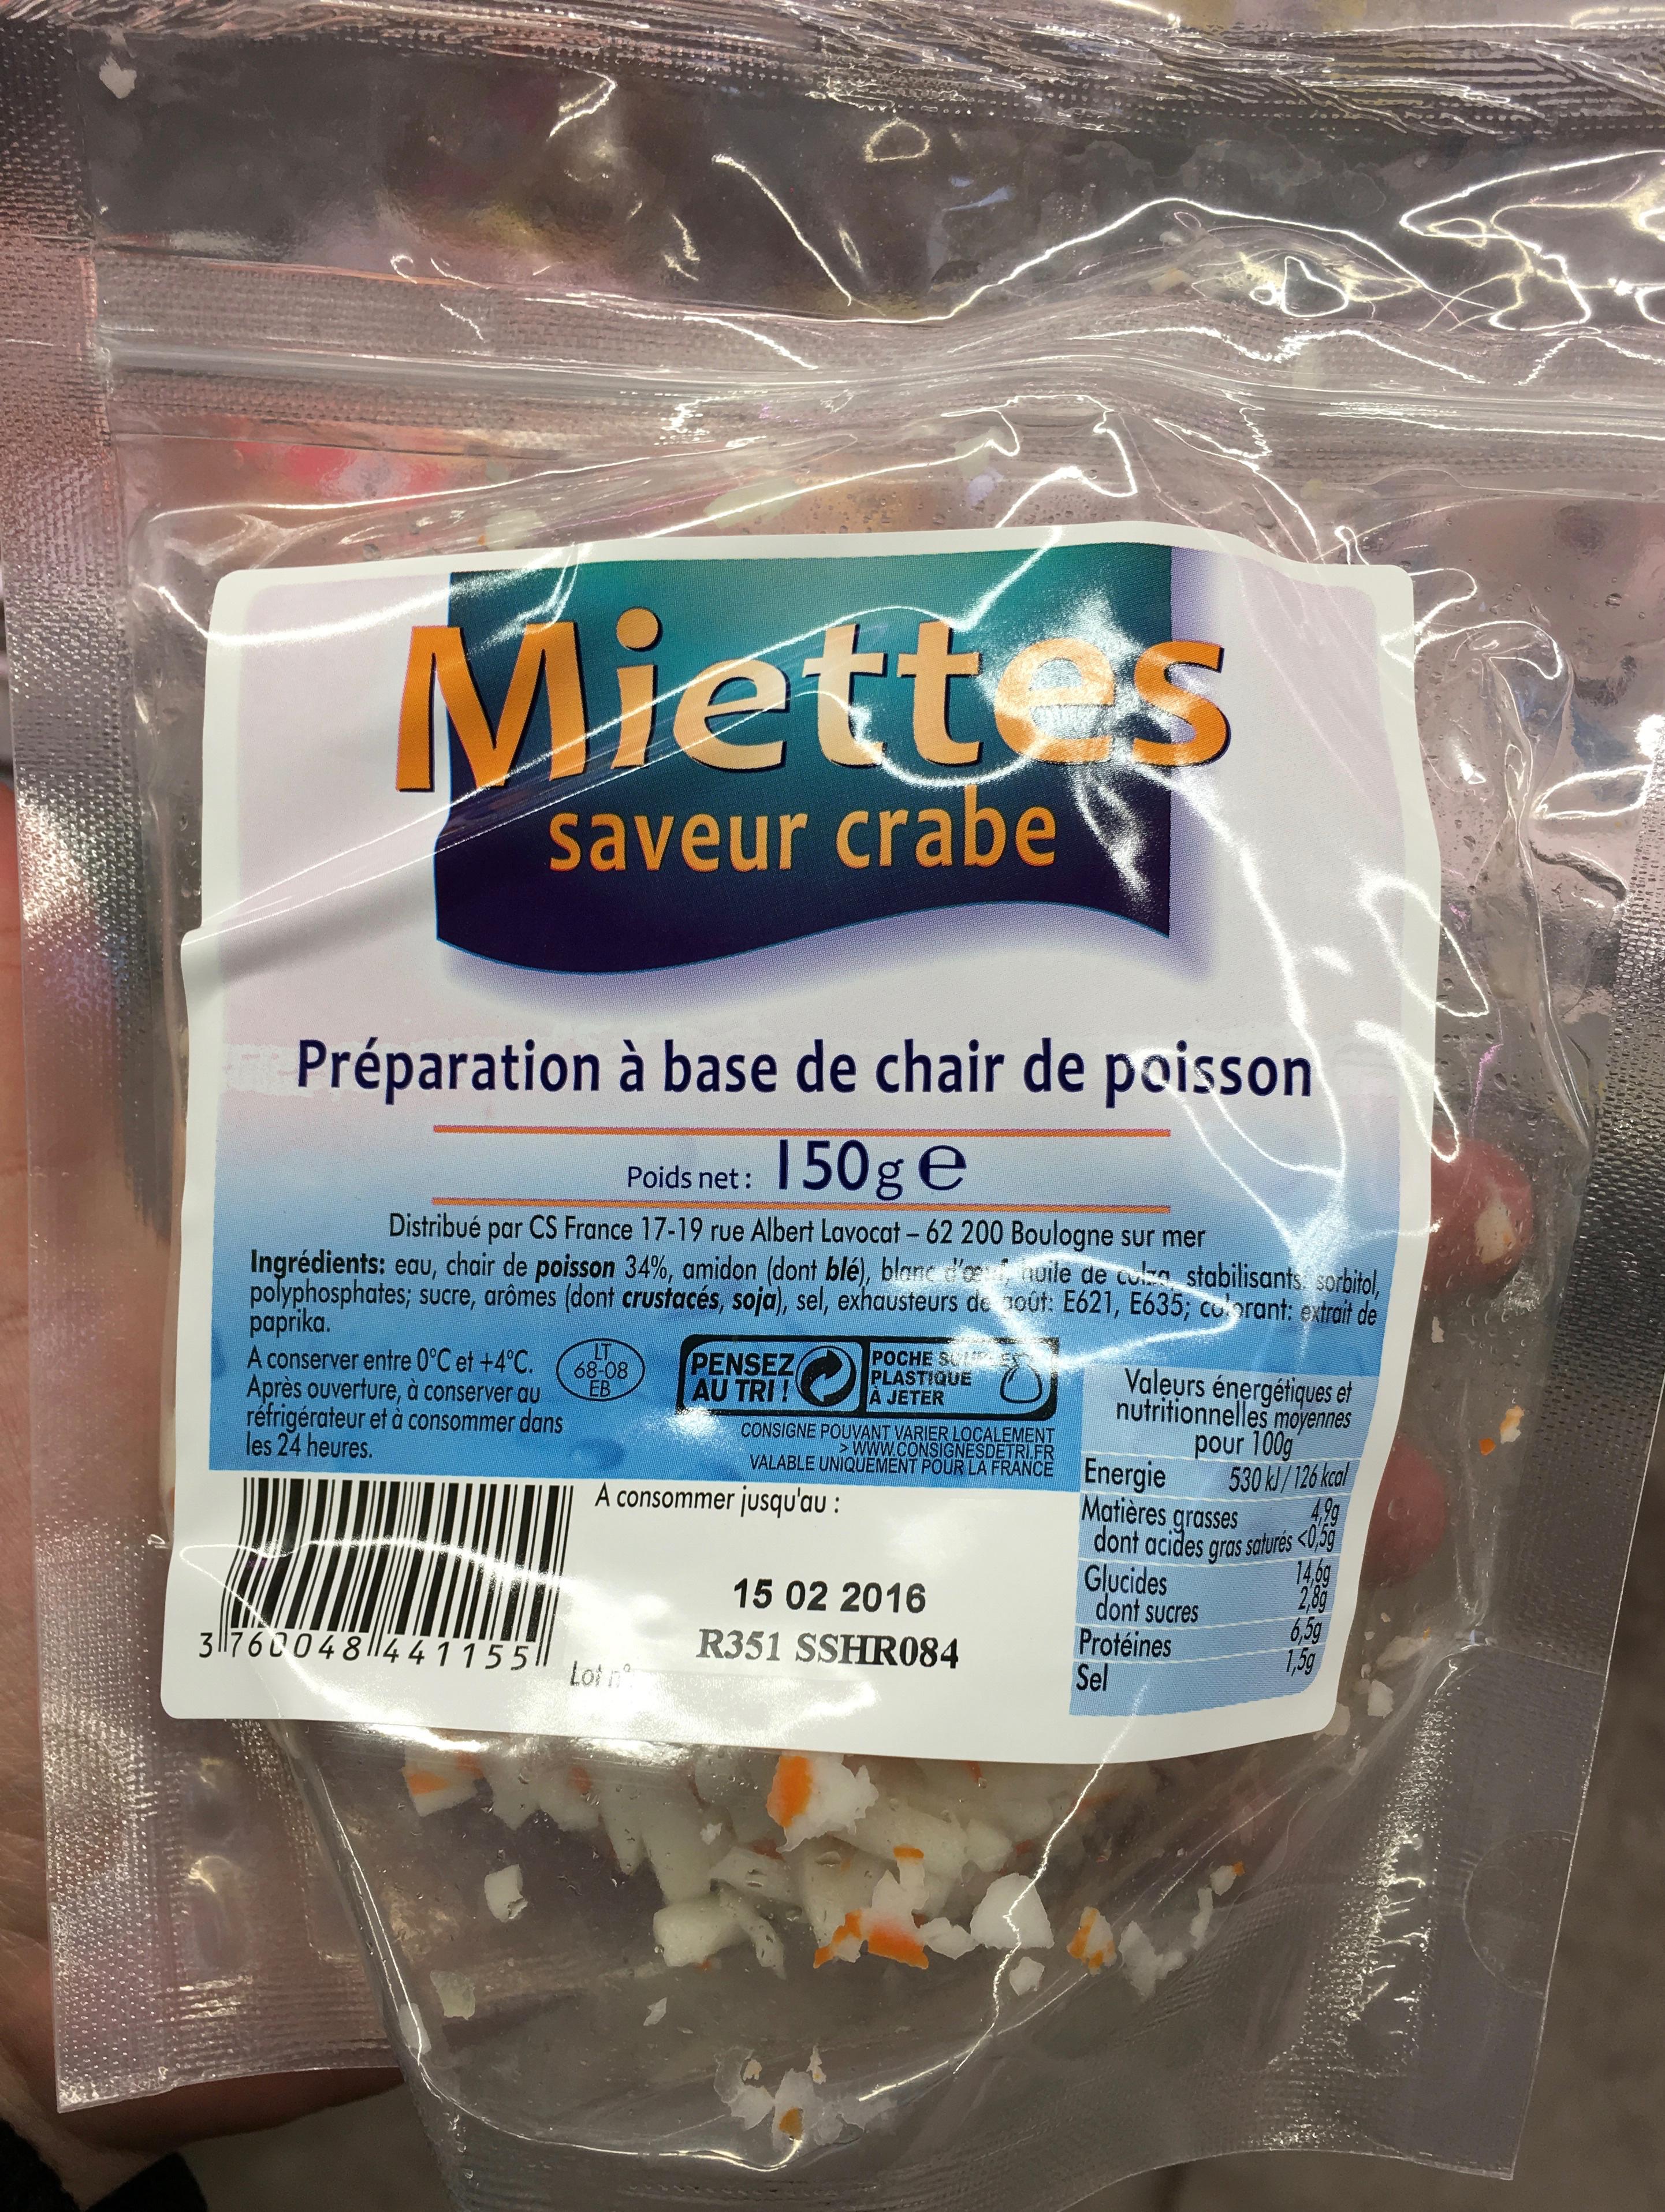
Miett
saveur crabe
Préparation à base de chair de poisson
Poids net:
150g e
Distribué par CS France 17-19 rue Albert Lavocat - 62 200 Boulogne sur mer Ingrédients: eau, chair de poisson 34%, amidon (dont blé), blanc d'huile de la stabilisants sorbitol, polyphosphates; sucre, arômes (dont crustacés, soja), sel, exhausteurs de tout: E621, paprika.
E635; colorant: extrait de
A conserver entre 0°C et +4°C. Après ouverture, à conserver au réfrigérateur et à consommer dans les 24 heures.
3760048441155
68-08 EB
PENSEZ AU TRI!
Loi nº
A consommer jusqu'au :
POCHE S PLASTIQUE A JETER
CONSIGNE POUVANT VARIER LOCALEMENT >WWW.CONSIGNESDETRI.FR
VALABLE UNIQUEMENT POUR LA FRANCE Energie
Valeurs énergétiques et nutritionnelles moyennes pour 100g
530 kJ/126 kcal Matières grasses
4,99
dont acides gras saturés <0,5g
15 02 2016 R351 SSHR084
Glucides
dont sucres
Protéines Sel
14,6g
2,8g
6,5g
1,5g
LOT